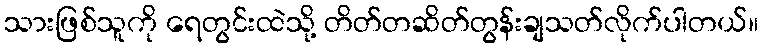
သားဖြစ်သူကို ရေတွင်းထဲသို့ တိတ်တဆိတ်တွန်းချသတ်လိုက်ပါတယ်။